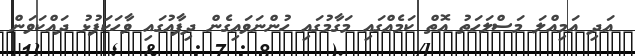
އަދި އަމިއްލަ މަސްލަހަތު އޮތް ކަމެއްގައި މަގާމުގައި ހުންނަވައިގެން ދިފާއުގައި ވާހަކަފުޅު ދައްކަވަން